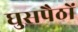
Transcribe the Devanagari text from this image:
घुसपैठों